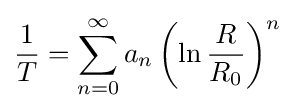
{\frac {1}{T}}=\sum _{n=0}^{\infty }a_{n}\left(\ln {\frac {R}{R_{0}}}\right)^{n}